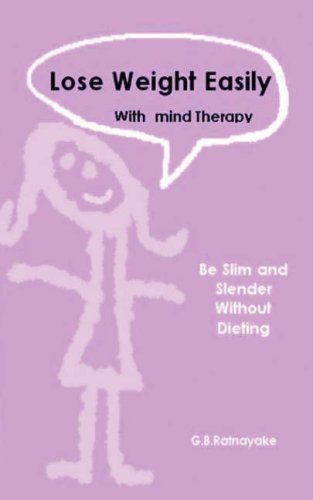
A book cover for Lose Weight Easily with Mind Therapy  (without dieting); G. B Ratnayake; Health, Fitness & Dieting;